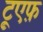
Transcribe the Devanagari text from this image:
टूएफ़